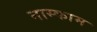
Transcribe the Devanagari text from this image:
नास्काम